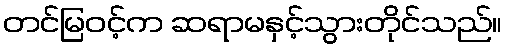
တင်မြဝင့်က ဆရာမနှင့်သွားတိုင်သည်။